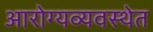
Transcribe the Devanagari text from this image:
आरोग्यव्यवस्थेत